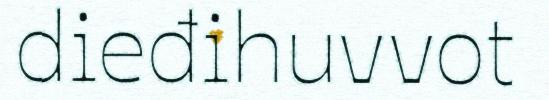
dieđihuvvot